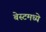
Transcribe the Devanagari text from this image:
बेस्टमध्ये